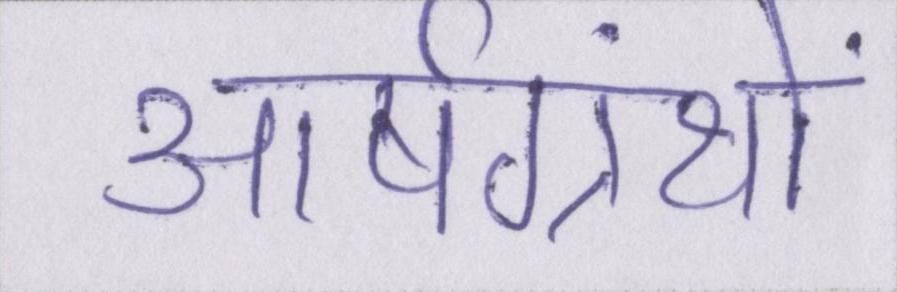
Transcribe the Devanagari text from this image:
आर्षग्रंथों